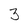
Character: 3